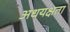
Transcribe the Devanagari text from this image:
अधयक्षता